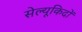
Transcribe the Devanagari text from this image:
सेल्यूकिदों